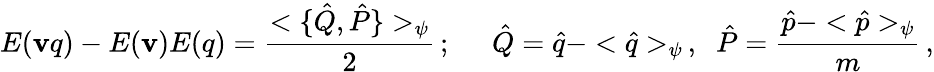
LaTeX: E(\mathbf{v}q)-E(\mathbf{v})E(q)=\frac{{<\{ \hat{{Q}},\hat{{P}}\} >_{\psi}}}{{2}}\, ;\; \; \; \; \; \hat{{Q}}=\hat{{q}}-<\hat{{q}}>_{\psi}\, ,\; \; \hat{{P}}=\frac{{\hat{{p}}-<\hat{{p}}>_{\psi}}}{{m}}\, ,